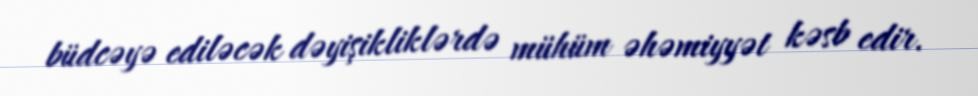
büdcəyə ediləcək dəyişikliklərdə mühüm əhəmiyyət kəsb edir.